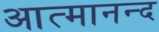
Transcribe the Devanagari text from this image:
आत्‍मानन्द